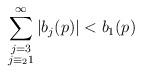
LaTeX: \begin{align*}\sum_{\substack{ j=3\\ j\equiv_2 1 }}^\infty \vert b_j(p) \vert <b_1(p)\end{align*}